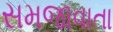
સમજાવાતા